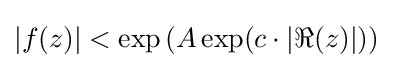
|f(z)|<\exp \left(A\exp(c\cdot \left|\Re (z)\right|)\right)